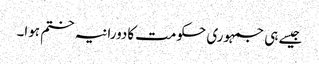
جیسے ہی جمہوری حکومت کادورانیہ ختم ہوا۔